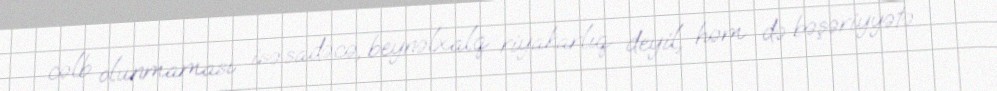
cəlb olunmaması isə sadəcə, beynəlxalq riyakarlıq deyil, həm də bəşəriyyətə